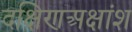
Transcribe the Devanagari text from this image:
दक्षिणअक्षांश